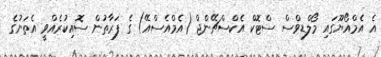
އެ އެމްއޯޔޫގައި މޯލްޑިވްސް ސްޓޮކް އެކްސްޗޭންޖް (އެމްއެސްއޭ) ގެ ފަރާތުން ސޮއިކުރެއްވީ އެތަނުގެ